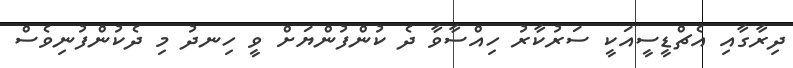
ދިރާގާއި އެޗްޑީސީއަކީ ސަރުކާރު ހިއްސާވާ ދެ ކުންފުންޔަށް ވީ ހިނދު މި ދެކުންފުނިވެސް